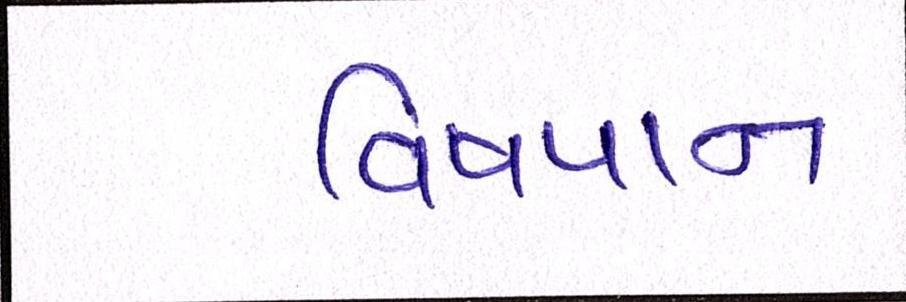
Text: વિષપાન